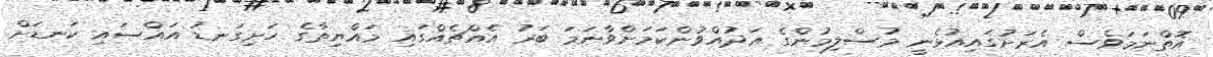
އޮތްނަމަވެސް އެރަށުގައިއުޅެނީ މުސްލިމުންގެ ޢަދުއްވުންކަމަށްވާނަމަ ބަރު އެއްޗެއްގައި މައްޔިތާގެ ހަށިގަނޑު އައްސައި ކަނޑަށް